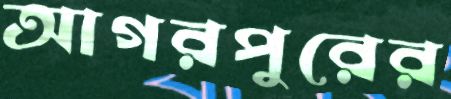
আগরপুরের